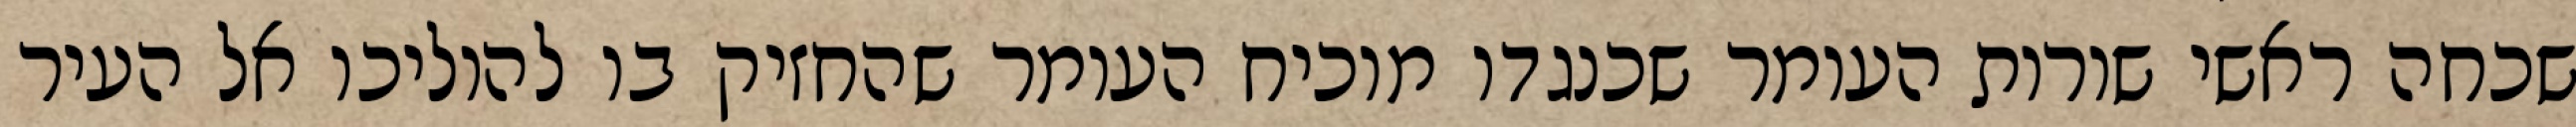
שכחה ראשי שורות העומר שכנגדו מוכיח העומר שהחזיק בו להוליכו אל העיר